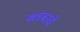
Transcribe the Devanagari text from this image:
क्लबाचे